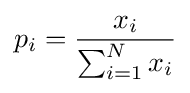
p_{i}={\frac {x_{i}}{\sum _{i=1}^{N}x_{i}}}